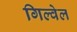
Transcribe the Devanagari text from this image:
गिल्वेल